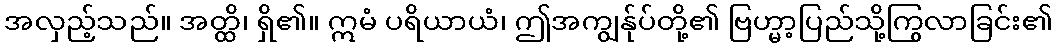
အလှည့်သည်။ အတ္ထိ၊ ရှိ၏။ ဣမံ ပရိယာယံ၊ ဤအကျွန်ုပ်တို့၏ ဗြဟ္မာ့ပြည်သို့ကြွလာခြင်း၏